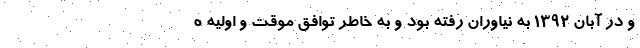
و در آبان 1392 به نیاوران رفته بود و به خاطر توافق موقت و اولیه ه